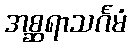
အစ္ဆရာသင်္ဂမံ